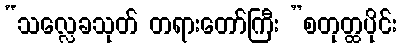
“သလ္လေခသုတ် တရားတော်ကြီး ”စတုတ္ထပိုင်း